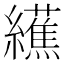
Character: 䌭